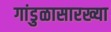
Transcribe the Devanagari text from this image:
गांडुळासारख्या